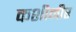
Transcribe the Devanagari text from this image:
कशीमीर